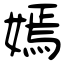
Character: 嫣